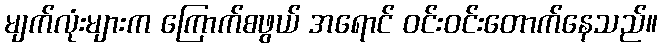
မျက်လုံးများက ကြောက်စဖွယ် အရောင် ဝင်းဝင်းတောက်နေသည်။